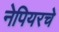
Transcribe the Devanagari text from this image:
नेपियरचे